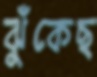
ঝুঁকেছ